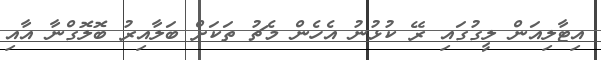
އިޓާލިއަން ލީގުގައި ރޭ ކުޅުނު އެހެން މެޗު ތަކަށް ބަލާއިރު ބޮލޮގްނާ އާއި